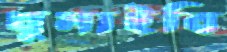
ঘুমাইবি